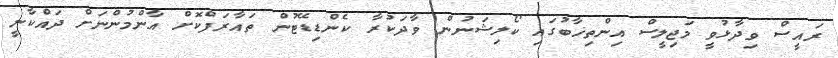
ރައީސް ވިދާޅުވީ މަޖިލީސް އިންތިޚާބުގައި ކޯލިޝަނުން ވާދަކުރާ ކެންޑިޑޭޓުން ތައާރަފްކޮށް އާންމުންނަށް ދައްކާނީ